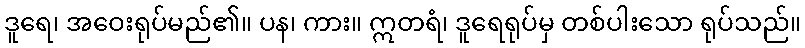
ဒူရေ၊ အဝေးရုပ်မည်၏။ ပန၊ ကား။ ဣတရံ၊ ဒူရေရုပ်မှ တစ်ပါးသော ရုပ်သည်။